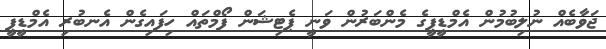
ޖަވާބެއް ނުލިބުމުން އެމްޑީޕީގެ މެންބަރުން ވަނީ ޕެޓިޝަން ފޯމްތައް ހިފައިގެން އެނބުރި އެމްޑީޕީ